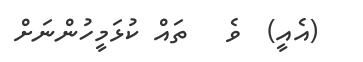
(އެއީ)  ވެ   ތައް ކުޅަމީހުންނަށް